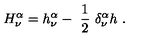
H _ { \nu } ^ { \alpha } = h _ { \nu } ^ { \alpha } - \ \frac { 1 } { 2 } \ \delta _ { \nu } ^ { \alpha } h \ .